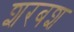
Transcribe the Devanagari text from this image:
शरबश